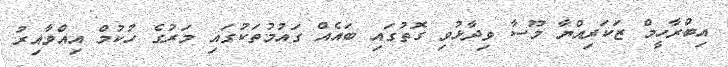
އިބްރާހީމް ޒަކަރިއްޔާ މޫސާ ވިދާޅުވި ގޮތުގައި ބައެއް ގައުމުތަކުގައި މަރުގެ ހުކުމް އިއްވާއިރު